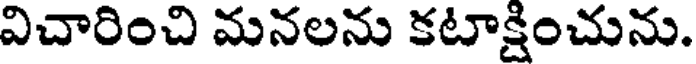
విచారించి మనలను కటాక్షించును.